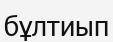
бұлтиып